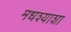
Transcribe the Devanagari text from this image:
मधश्याशा